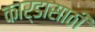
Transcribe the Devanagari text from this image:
कार्डासाठी